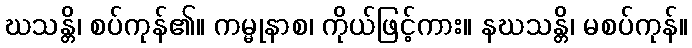
ဃသန္တိ၊ စပ်ကုန်၏။ ကမ္မုနာစ၊ ကိုယ်ဖြင့်ကား။ နဃသန္တိ၊ မစပ်ကုန်။